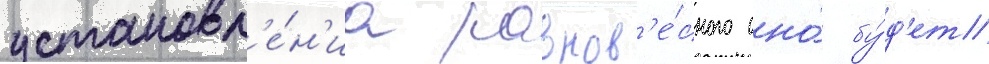
установл'е́н'иа равнов'е́сного оно́ бу́д'ет